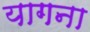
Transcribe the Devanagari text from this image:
यागना